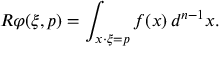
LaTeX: R \varphi ( \xi , p ) = \int _ { x \cdot \xi = p } f ( x ) \, d ^ { n - 1 } x .